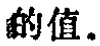
的值。